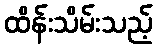
ထိန်းသိမ်းသည့်